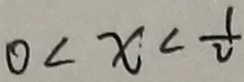
0 < x < \frac { 1 } { 2 }